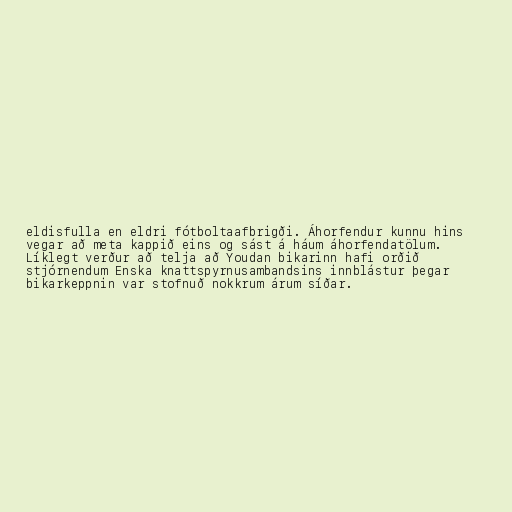
eldisfulla en eldri fótboltaafbrigði. Áhorfendur kunnu hins
vegar að meta kappið eins og sást á háum áhorfendatölum.
Líklegt verður að telja að Youdan bikarinn hafi orðið
stjórnendum Enska knattspyrnusambandsins innblástur þegar
bikarkeppnin var stofnuð nokkrum árum síðar.